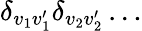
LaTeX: \delta_{v_{1}v_{1}^{\prime}}\delta_{v_{2}v_{2}^{\prime}}\ldots